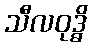
သီလဝုဒ္ဓိ